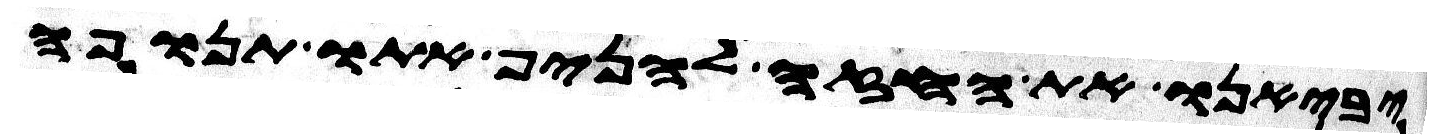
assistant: יביאנו את החזה להניף אתו תנופה